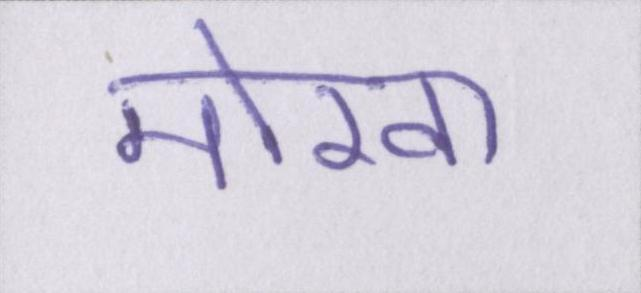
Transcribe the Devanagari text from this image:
मोखा